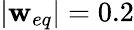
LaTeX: |\mathbf{w}_{eq}|=0.2